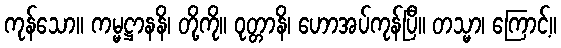
ကုန်သော။ ကမ္မဋ္ဌာနနိ၊ တို့ကို။ ဝုတ္တာနိ၊ ဟောအပ်ကုန်ပြီ။ တသ္မာ၊ ကြောင့်။